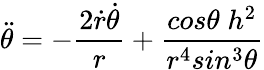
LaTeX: \ddot{\theta}=-\frac{2\dot{r}\dot{\theta}}{r}+\frac{cos\theta\; h^{2}}{r^{4}sin^{3}\theta}